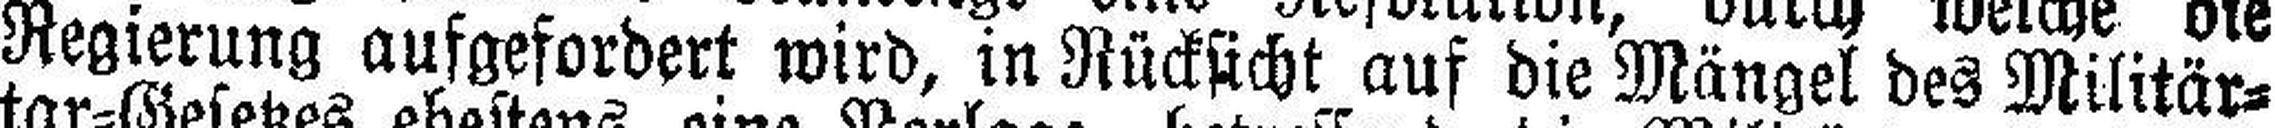
Regierung aufgefordert wird, in Rücksicht auf die Mängel des Militär¬